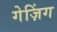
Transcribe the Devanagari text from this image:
गेज़िंग